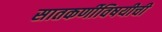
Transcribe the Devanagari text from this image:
सातकर्णीविषयीची